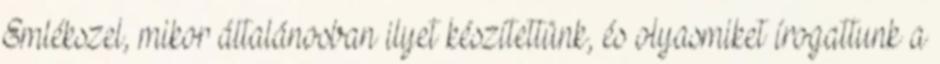
Emlékszel, mikor általánosban ilyet készítettünk, és olyasmiket írogattunk a